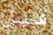
قبل